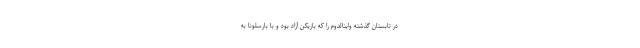
در تابستان گذشته واینالدوم را که بازیکن آزاد بود و با بارسلونا به